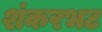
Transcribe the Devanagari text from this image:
शंकरभट